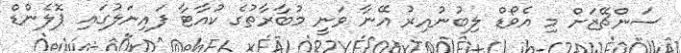
ސަންޗޭޒަށް މި އެވޯޑް ލިބުނުއިރު އޭނާ ވަނީ މުބާރާތުގެ ކުއާޓާ ފައިނަލުގައި ޕޮލެންޑް